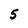
Character: 5